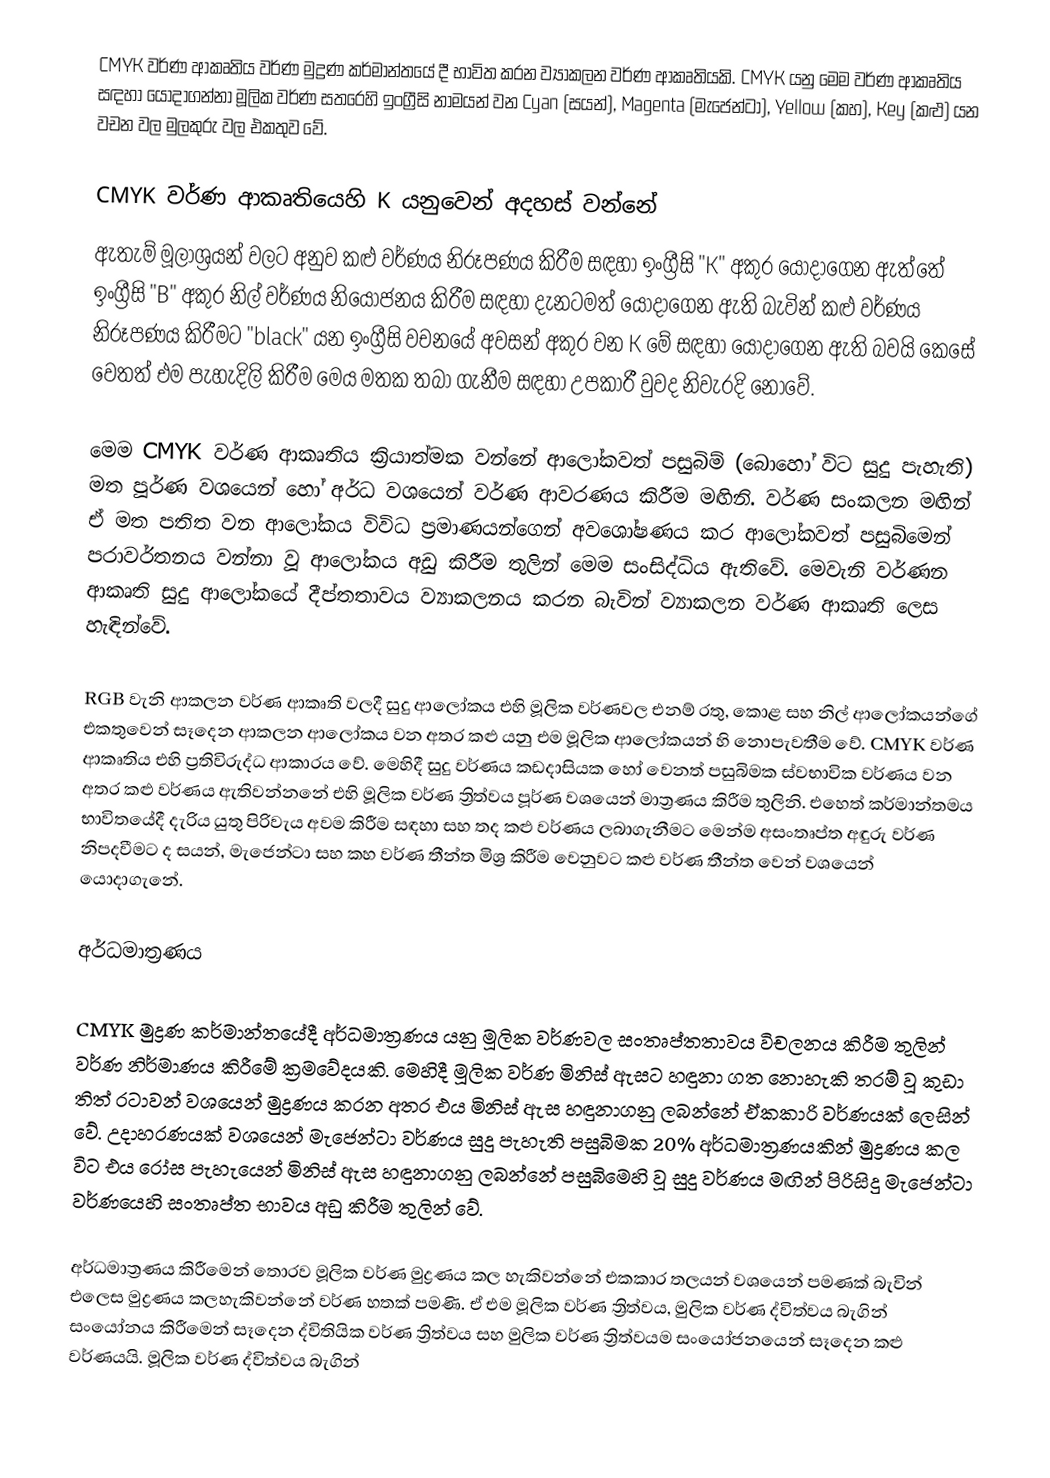
CMYK වර්ණ ආකෘතිය වර්ණ මුද්‍රණ කර්මාන්තයේ දී භාවිත කරන ව්‍යාකලන වර්ණ ආකෘතියකි. CMYK යනු මෙම වර්ණ ආකෘතිය සඳහා යොදාගන්නා මූලික වර්ණ සතරෙහි ඉංග්‍රීසි නාමයන් වන Cyan (සයන්), Magenta (මැජෙන්ටා), Yellow (කහ), Key (කළු)  යන වචන වල මුලකුරු වල එකතුව වේ.

CMYK වර්ණ ආකෘතියෙහි K යනුවෙන් අදහස් වන්නේ
ඇතැම් මූලාශ්‍රයන් වලට අනුව කළු වර්ණය නිරූපණය කිරීම සඳහා ඉංග්‍රීසි "K" අකුර යොදාගෙන ඇත්තේ ඉංග්‍රීසි "B" අකුර නිල් වර්ණය නියෝජනය කිරීම සඳහා දැනටමත් යොදාගෙන ඇති බැවින් කළු වර්ණය නිරූපණය කිරීමට "black" යන ඉංග්‍රීසි වචනයේ අවසන් අකුර වන K මේ සඳහා යොදාගෙන ඇති බවයි කෙසේ වෙතත් එම පැහැදිලි කිරීම මෙය මතක තබා ගැනීම සඳහා උපකාරී වුවද නිවැරදි නොවේ.

මෙම CMYK වර්ණ ආකෘතිය ක්‍රියාත්මක වන්නේ ආලෝකවත් පසුබිම් (බොහෝ විට සුදු පැහැති) මත පූර්ණ වශයෙන් හෝ අර්ධ වශයෙන් වර්ණ ආවරණය කිරීම මඟිනි. වර්ණ සංකලන මඟින් ඒ මත පතිත වන ආලෝකය විවිධ ප්‍රමාණයන්ගෙන් අවශෝෂණය කර ආලෝකවත් පසුබිමෙන් පරාවර්තනය වන්නා වූ ආලෝකය අඩු කිරීම තුලින් මෙම සංසිද්ධිය ඇතිවේ. මෙවැනි වර්ණන ආකෘති සුදු ආලෝකයේ දීප්තතාවය ව්‍යාකලනය කරන බැවින් ව්‍යාකලන වර්ණ ආකෘති ලෙස හැඳින්වේ.

RGB වැනි ආකලන වර්ණ ආකෘති වලදී සුදු ආලෝකය එහි මූලික වර්ණවල එනම් රතු, කොළ සහ නිල් ආලෝකයන්ගේ එකතුවෙන් සෑදෙන ආකලන ආලෝකය වන අතර කළු යනු එම මූලික ආලෝකයන් හි නොපැවතීම වේ. CMYK වර්ණ ආකෘතිය එහි ප්‍රතිවිරුද්ධ ආකාරය වේ. මෙහිදී සුදු වර්ණය කඩදාසියක හෝ වෙනත් පසුබිමක ස්වභාවික වර්ණය වන අතර කළු වර්ණය ඇතිවන්නනේ එහි මූලික වර්ණ ත්‍රිත්වය පූර්ණ වශයෙන් මාත්‍රණය කිරීම තුලිනි. එහෙත් කර්මාන්තමය භාවිතයේදී දැරිය යුතු පිරිවැය අවම කිරීම සඳහා සහ තද කළු වර්ණය ලබාගැනීමට මෙන්ම අසංතෘප්ත අඳුරු වර්ණ නිපදවීමට ද සයන්, මැජෙන්ටා සහ කහ වර්ණ තීන්ත මිශ්‍ර කිරීම වෙනුවට කළු වර්ණ තීන්ත වෙන් වශයෙන් යොදාගැනේ.

අර්ධමාත්‍රණය

CMYK මුද්‍රණ කර්මාන්තයේදී අර්ධමාත්‍රණය යනු මූලික වර්ණවල සංතෘප්තතාවය විචලනය කිරීම තුලින් වර්ණ නිර්මාණය කිරීමේ ක්‍රමවේදයකි. මෙහිදී මූලික වර්ණ මිනිස් ඇසට හඳුනා ගත නොහැකි තරම් වූ කුඩා තිත් රටාවන් වශයෙන් මුද්‍රණය කරන අතර එය මිනිස් ඇස හඳුනාගනු ලබන්නේ ඒකකාරි වර්ණයක් ලෙසින් වේ. උදාහරණයක් වශයෙන් මැජෙන්ටා වර්ණය සුදු පැහැති පසුබිමක 20% අර්ධමාත්‍රණයකින් මුද්‍රණය කල විට එය රෝස පැහැයෙන් මිනිස් ඇස හඳුනාගනු ලබන්නේ පසුබිමෙහි වූ සුදු වර්ණය මඟින් පිරිසිදු මැජෙන්ටා වර්ණයෙහි සංතෘප්ත භාවය අඩු කිරීම තුලින් වේ.

අර්ධමාත්‍රණය කිරීමෙන් තොරව මූලික වර්ණ මුද්‍රණය කල හැකිවන්නේ එකකාර තලයන් වශයෙන් පමණක් බැවින් එලෙස මුද්‍රණය කලහැකිවන්නේ වර්ණ හතක් පමණි. ඒ එම මූලික වර්ණ ත්‍රිත්වය, මුලික වර්ණ ද්විත්වය බැගින් සංයෝනය කිරීමෙන් සෑදෙන ද්විතියික වර්ණ ත්‍රිත්වය සහ මුලික වර්ණ ත්‍රිත්වයම සංයෝජනයෙන් සෑදෙන කළු වර්ණයයි. මූලික වර්ණ ද්විත්වය බැගින්